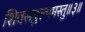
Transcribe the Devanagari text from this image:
शिवसङ्कल्पमस्तु॥३॥